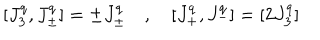
LaTeX: [ J _ { 3 } ^ { q } , J _ { \pm } ^ { q } ] = \pm J _ { \pm } ^ { q } \quad , \quad [ J _ { + } ^ { q } , J _ { - } ^ { q } ] = [ 2 J _ { 3 } ^ { q } ]